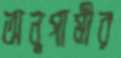
অনুগামীর